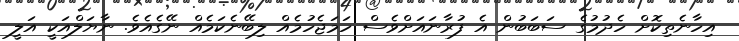
އިހާނެތިކޮށް ހެދުމުގެ ސަބަބުން އެ ފުރާނައަށްވެސް ހަމަޖެހުމެއް ލިބޭނެކަމެއް ނޭގެއެވެ. ނާޔަލްއަކީ އަލީ